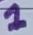
Text: 1